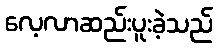
လေ့လာဆည်းပူးခဲ့သည်